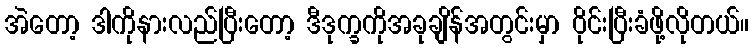
အဲတော့ ဒါကိုနားလည်ပြီးတော့ ဒီဒုက္ခကိုအခုချိန်အတွင်းမှာ ဝိုင်းပြီးခံဖို့လိုတယ်။